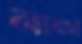
নাফা